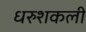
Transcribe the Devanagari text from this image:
धरुशकली